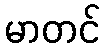
မာတင်